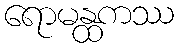
ရောမန္ထကဿ